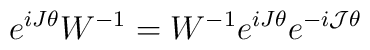
e^{iJ\theta}W^{-1} = W^{-1}e^{iJ\theta}e^{-i{\cal J}\theta}